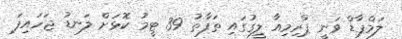
ލަމްޕާޑް ވަނީ ޕްރިިމިއާ ލީގުގައި ތަފާތު 39 ޓީމު ކޮޅަށް ލަނޑު ޖަހައިފަ